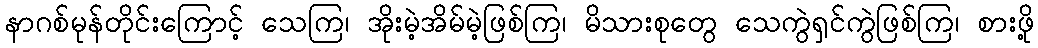
နာဂစ်မုန်တိုင်းကြောင့် သေကြ၊ အိုးမဲ့အိမ်မဲ့ဖြစ်ကြ၊ မိသားစုတွေ သေကွဲရှင်ကွဲဖြစ်ကြ၊ စားဖို့